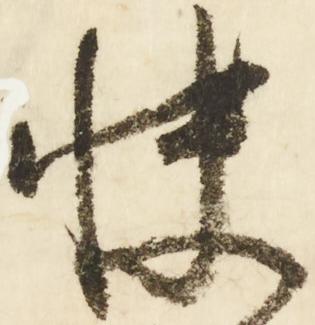
快